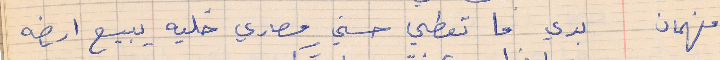
فهمان       بدي ما تعطي حسني مصاري خليه يبيع ارضه